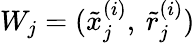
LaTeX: W_{j}=(\tilde{x}_{j}^{(i)},\: \tilde{r}_{j}^{(i)})